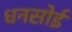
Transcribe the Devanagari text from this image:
धनसोई